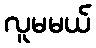
လူမမယ်